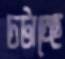
চটাচ্ছে